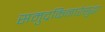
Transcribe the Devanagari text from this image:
समुद्रकिनारेसुद्धा